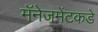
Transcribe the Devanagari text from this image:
मॅनेजमेंटकडे